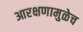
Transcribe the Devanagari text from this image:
आरक्षणामुळेच